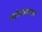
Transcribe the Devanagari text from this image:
यांच्याकरता